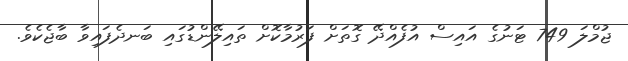
ޖުމްލަ 749 ޓަނުގެ އައިސް އުފެއްދޭ ގޮތަށް ފަރުމާކޮށް ތައިލޭންޑުގައި ބަނދެފައިވާ ބާޖެކެވެ.